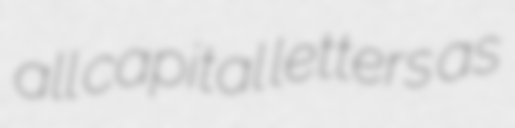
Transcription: all capital letters as